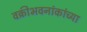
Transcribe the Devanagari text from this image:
वक्रीभवनांकांच्या